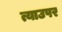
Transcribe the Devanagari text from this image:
त्याउपर